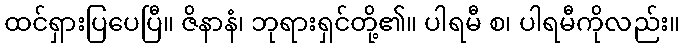
ထင်ရှားပြပေပြီ။ ဇိနာနံ၊ ဘုရားရှင်တို့၏။ ပါရမီ စ၊ ပါရမီကိုလည်း။